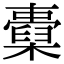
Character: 𣝐